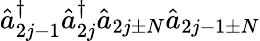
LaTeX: \hat{a}_{2j-1}^{\dagger}\hat{a}_{2j}^{\dagger}\hat{a}_{2j\pm N}\hat{a}_{2j-1\pm N}